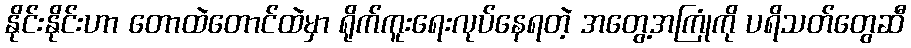
နိုင်းနိုင်းဟာ တောထဲတောင်ထဲမှာ ရိုက်ကူးရေးလုပ်နေရတဲ့ အတွေ့အကြုံကို ပရိသတ်တွေဆီ